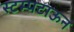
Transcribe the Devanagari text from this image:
स्टम्पटाऊन